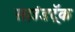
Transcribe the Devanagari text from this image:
साउंडट्रॅक